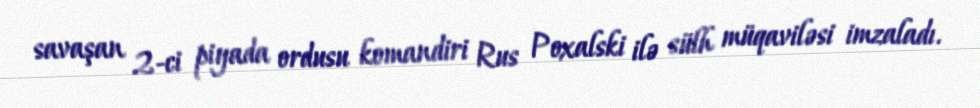
savaşan 2-ci piyada ordusu komandiri Rus Poxalski ilə sülh müqaviləsi imzaladı.